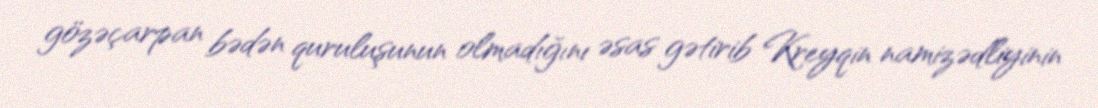
gözəçarpan bədən quruluşunun olmadığını əsas gətirib Kreyqin namizədliyinin